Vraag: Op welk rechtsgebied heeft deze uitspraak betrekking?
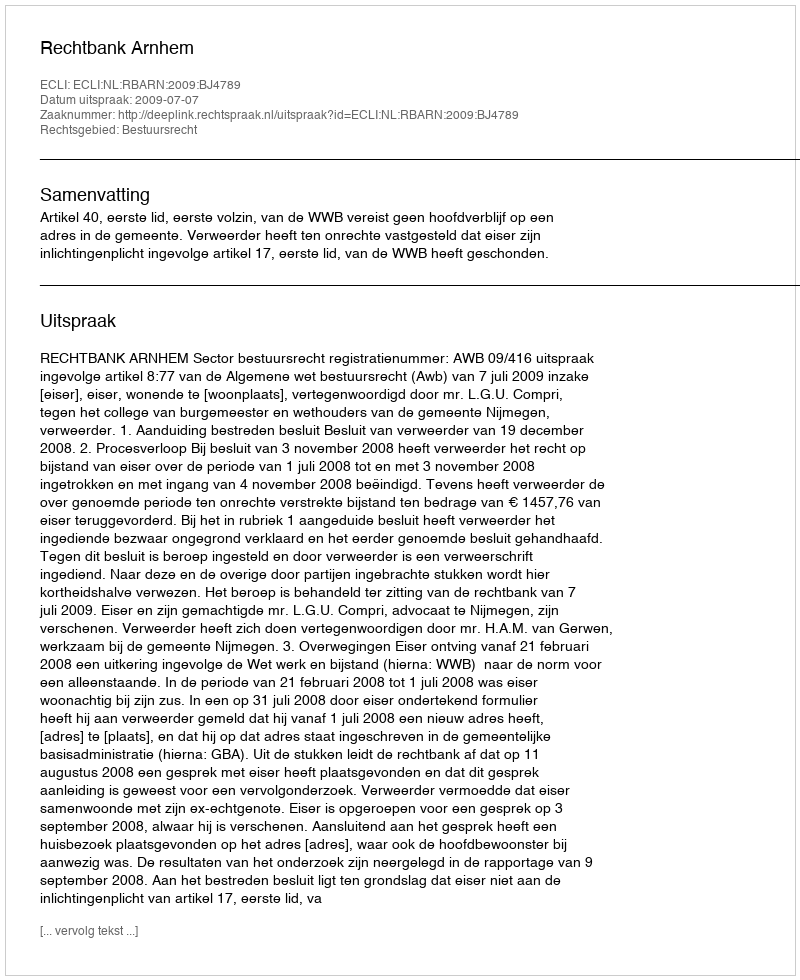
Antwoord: Bestuursrecht